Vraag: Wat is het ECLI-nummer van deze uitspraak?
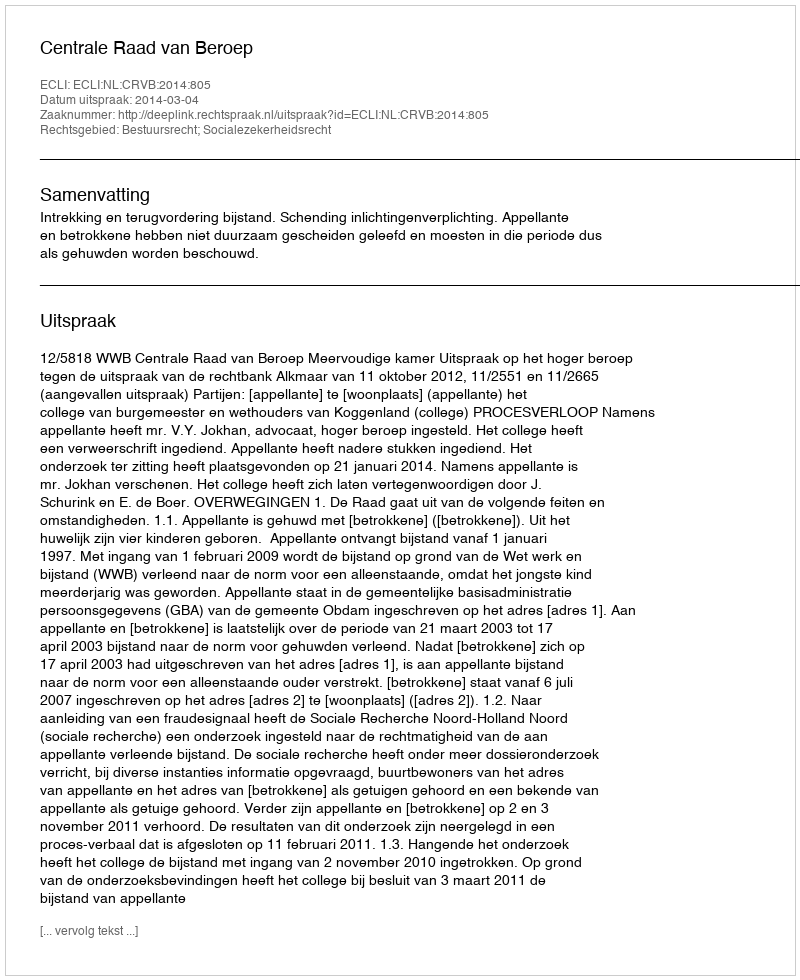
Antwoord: ECLI:NL:CRVB:2014:805